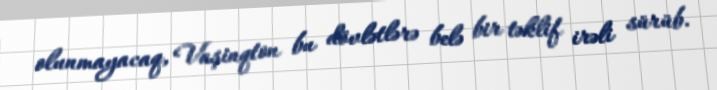
olunmayacaq, Vaşinqton bu dövlətlərə belə bir təklif irəli sürüb.